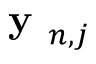
\textbf { y } _ { n , j }